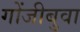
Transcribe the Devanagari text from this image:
गोंजीबुवा